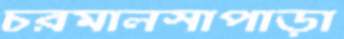
চরমালসাপাড়া